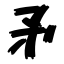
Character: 矛